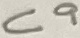
Text: C9